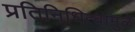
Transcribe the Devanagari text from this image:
प्रतिनिधित्वामुळे